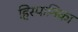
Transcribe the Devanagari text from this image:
हिस्पानिका